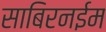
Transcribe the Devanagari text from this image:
साबिरनईम